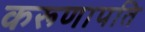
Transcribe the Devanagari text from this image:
करूणापति